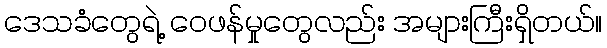
ဒေသခံတွေရဲ့ ဝေဖန်မှုတွေလည်း အများကြီးရှိတယ်။